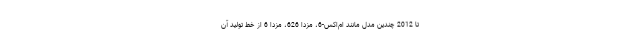
تا 2012 چندین مدل مانند ام‌اکس-6، مزدا 626، مزدا 6 از خط تولید آن